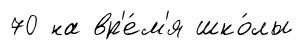
70 на вр'е́м'я шко́лы